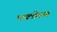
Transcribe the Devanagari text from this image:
भक्तेगण